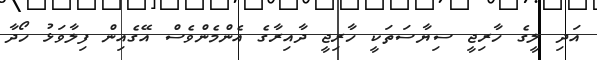
އަދި ލީގެ ހާރިޖީ ސިޔާސަތަކީ ހާރިޖީ ދާއިރާގެ އެންމެންވެސް އޭގެއިން ފިލާވަޅު ހޯދާ